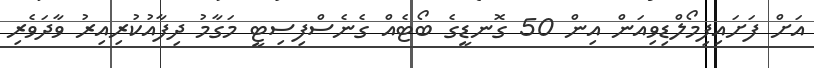
އަށް ފަށައިފިމޯލްޑިވިއަން އިން 50 ގޮނޑީގެ ބޯޓެއް ގެނެސްފިސިޓީ މަގާމު ދިފާއުކުރިއިރު ވާދަވެރި